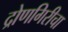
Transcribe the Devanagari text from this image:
द्रोणगिरीचा